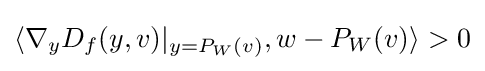
\langle \nabla _{y}D_{f}(y,v)|_{y=P_{W}(v)},w-P_{W}(v)\rangle >0